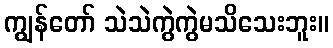
ကျွန်တော် သဲသဲကွဲကွဲမသိသေးဘူး။